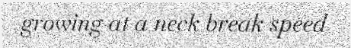
growing at a neck break speed